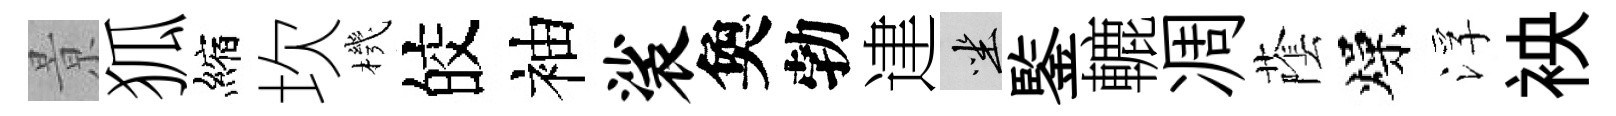
㬌狐縮坎機皎袖裟奐勃䢖坐鍳轆凋䕃燥浮䘧